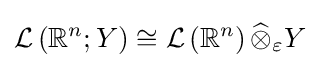
{\mathcal {L}}\left(\mathbb {R} ^{n};Y\right)\cong {\mathcal {L}}\left(\mathbb {R} ^{n}\right){\widehat {\otimes }}_{\varepsilon }Y